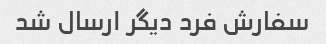
سفارش فرد دیگر ارسال شد